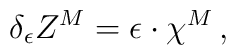
\delta_\epsilon Z^M = \epsilon\cdot \chi^M\, ,